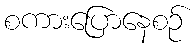
စကားပြောနေစဉ်